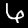
Label: 6